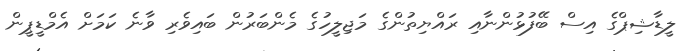
ލީޑާޝިޕްގެ އިސް ބޭފުޅުންނާއި ރައްޔިތުންގެ މަޖިލީހުގެ މެންބަރުން ބައިވެރި ވާނެ ކަމަށް އެމްޑީޕީން